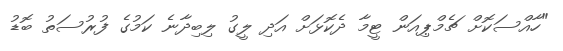
"ހާއްސަކޮށް ޗެމްޕިއަން ޓީމާ ދެކޮޅަށް އަދި ލީގު ލިބިދާނެ ކަމުގެ ފުރުސަތު ބޮޑު